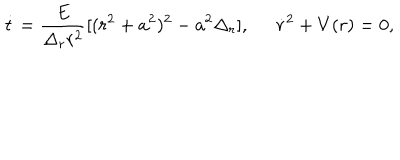
\dot { t } = \frac { E } { \Delta _ { r } r ^ { 2 } } [ ( r ^ { 2 } + a ^ { 2 } ) ^ { 2 } - a ^ { 2 } \Delta _ { r } ] , \; \; \dot { r } ^ { 2 } + V ( r ) = 0 ,